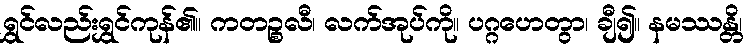
ရွှင်လည်းရွှင်ကုန်၏။ ကတဉ္စလီ၊ လက်အုပ်ကို။ ပဂ္ဂဟေတွာ၊ ချီ၍။ နမဿန္တိ၊